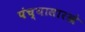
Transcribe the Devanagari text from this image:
पंच्यासारखे